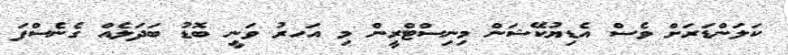
ކަލަންޑަރަށް ވެސް އެޑިޔުކޭޝަން މިނިސްޓްރީން މި އަހރު ވަނީ ބޮޑު ބަދަލެއް ގެނެސްފަ